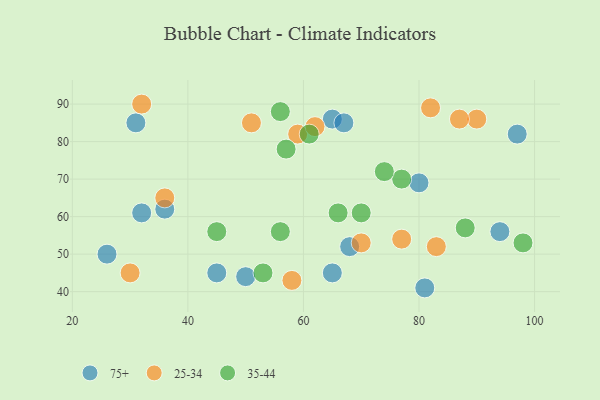
{"axis": {"x": "GDP", "y": "Life Expectancy"}, "legend": ["25-34", "35-44", "75+"], "data": [{"x": "80", "y": 69, "type": "75+"}, {"x": "94", "y": 56, "type": "75+"}, {"x": "65", "y": 86, "type": "75+"}, {"x": "31", "y": 85, "type": "75+"}, {"x": "26", "y": 50, "type": "75+"}, {"x": "97", "y": 82, "type": "75+"}, {"x": "68", "y": 52, "type": "75+"}, {"x": "81", "y": 41, "type": "75+"}, {"x": "32", "y": 61, "type": "75+"}, {"x": "50", "y": 44, "type": "75+"}, {"x": "45", "y": 45, "type": "75+"}, {"x": "36", "y": 62, "type": "75+"}, {"x": "65", "y": 45, "type": "75+"}, {"x": "67", "y": 85, "type": "75+"}, {"x": "59", "y": 82, "type": "25-34"}, {"x": "90", "y": 86, "type": "25-34"}, {"x": "30", "y": 45, "type": "25-34"}, {"x": "83", "y": 52, "type": "25-34"}, {"x": "32", "y": 90, "type": "25-34"}, {"x": "87", "y": 86, "type": "25-34"}, {"x": "82", "y": 89, "type": "25-34"}, {"x": "58", "y": 43, "type": "25-34"}, {"x": "70", "y": 53, "type": "25-34"}, {"x": "36", "y": 65, "type": "25-34"}, {"x": "62", "y": 84, "type": "25-34"}, {"x": "77", "y": 54, "type": "25-34"}, {"x": "51", "y": 85, "type": "25-34"}, {"x": "61", "y": 82, "type": "35-44"}, {"x": "57", "y": 78, "type": "35-44"}, {"x": "77", "y": 70, "type": "35-44"}, {"x": "53", "y": 45, "type": "35-44"}, {"x": "98", "y": 53, "type": "35-44"}, {"x": "88", "y": 57, "type": "35-44"}, {"x": "74", "y": 72, "type": "35-44"}, {"x": "70", "y": 61, "type": "35-44"}, {"x": "56", "y": 56, "type": "35-44"}, {"x": "45", "y": 56, "type": "35-44"}, {"x": "66", "y": 61, "type": "35-44"}, {"x": "56", "y": 88, "type": "35-44"}]}